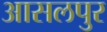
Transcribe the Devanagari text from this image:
आसलपुर